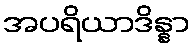
အပရိယာဒိန္နာ